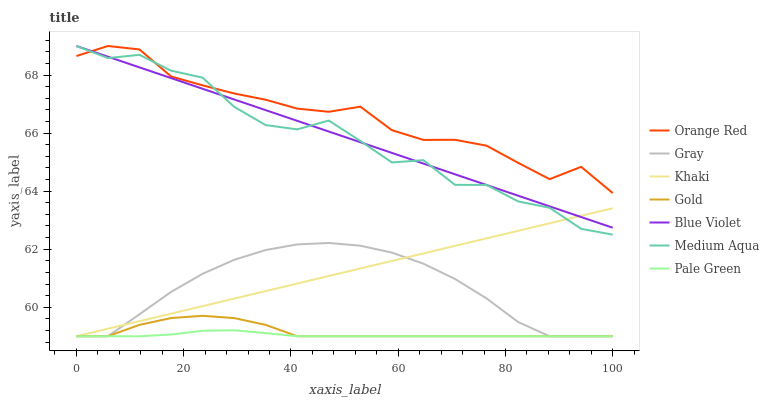
| xaxis_label | Orange Red | Gray | Khaki | Gold | Blue Violet | Medium Aqua | Pale Green |
 | --- | --- | --- | --- | --- | --- | --- | --- |
 | 0 | 68.7 | 59 | 59 | 59 | 69 | 69 | 59 |
 | 5.88 | 69 | 59 | 59.3 | 59 | 68.6 | 68.6 | 59 |
 | 11.8 | 68.9 | 59.8 | 59.5 | 59.4 | 68.3 | 68.7 | 59 |
 | 17.6 | 68 | 60.5 | 59.8 | 59.6 | 67.9 | 68.2 | 59.1 |
 | 23.5 | 67.6 | 61.2 | 60 | 59.7 | 67.5 | 67.9 | 59.2 |
 | 29.4 | 67.4 | 61.6 | 60.3 | 59.6 | 67.2 | 66.9 | 59.2 |
 | 35.3 | 67.1 | 62 | 60.6 | 59.4 | 66.8 | 66.3 | 59.1 |
 | 41.2 | 66.8 | 62.2 | 60.8 | 59 | 66.4 | 66.1 | 59 |
 | 47.1 | 66.7 | 62.2 | 61.1 | 59 | 66.1 | 66.4 | 59 |
 | 52.9 | 66.9 | 62.1 | 61.3 | 59 | 65.7 | 65.7 | 59 |
 | 58.8 | 66.1 | 61.9 | 61.6 | 59 | 65.3 | 65 | 59 |
 | 64.7 | 65.8 | 61.5 | 61.9 | 59 | 64.9 | 65.1 | 59 |
 | 70.6 | 65.8 | 61 | 62.1 | 59 | 64.6 | 64.2 | 59 |
 | 76.5 | 65.6 | 60.3 | 62.4 | 59 | 64.2 | 64.2 | 59 |
 | 82.4 | 65 | 59.5 | 62.6 | 59 | 63.8 | 63.6 | 59 |
 | 88.2 | 64.4 | 59 | 62.9 | 59 | 63.5 | 63.4 | 59 |
 | 94.1 | 64.8 | 59 | 63.2 | 59 | 63.1 | 62.7 | 59 |
 | 100 | 63.9 | 59 | 63.4 | 59 | 62.7 | 62.5 | 59 |